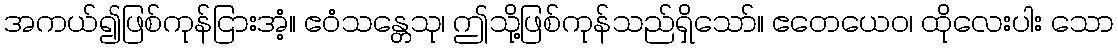
အကယ်၍ဖြစ်ကုန်ငြားအံ့။ ဧဝံသန္တေသု၊ ဤသို့ဖြစ်ကုန်သည်ရှိသော်။ ဧတေယေဝ၊ ထိုလေးပါး သော